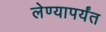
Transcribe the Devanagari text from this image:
लेण्यापर्यंत